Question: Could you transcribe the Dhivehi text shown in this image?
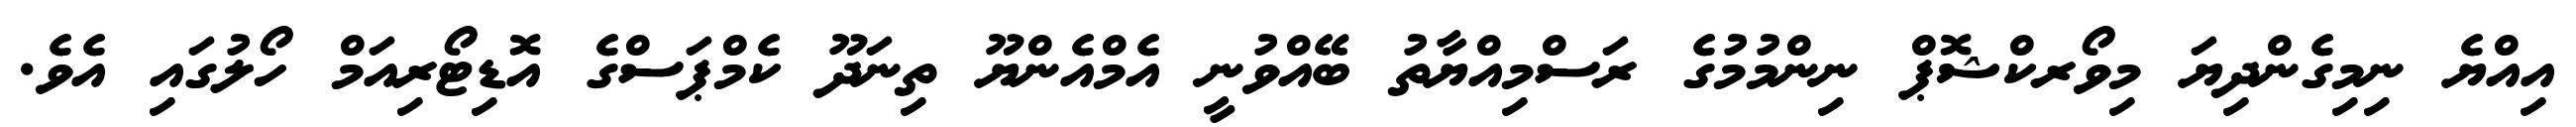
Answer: އިއްޔެ ނިމިގެންދިޔަ މިވޯރކްޝޮޕް ނިންމުމުގެ ރަސްމިއްޔާތު ބޭއްވުނީ އެމްއެންޔޫ ތިނަދޫ ކެމްޕަސްގެ އޮޑިޓޯރިއަމް ހޯލުގައި އެވެ.